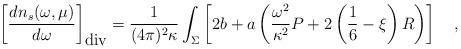
LaTeX: \begin{align*}\left[{dn_s(\omega,\mu) \over d\omega}\right]_{\mbox{div}}={1 \over (4\pi)^2 \kappa} \int_{\Sigma}\left[2b+a\left({\omega^2 \over \kappa^2}P+2\left(\frac 16 -\xi\right)R\right)\right]~~~,\end{align*}